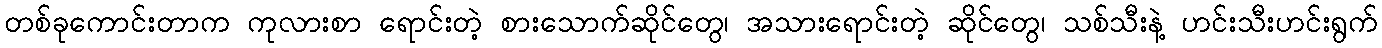
တစ်ခုကောင်းတာက ကုလားစာ ရောင်းတဲ့ စားသောက်ဆိုင်တွေ၊ အသားရောင်းတဲ့ ဆိုင်တွေ၊ သစ်သီးနဲ့ ဟင်းသီးဟင်းရွက်